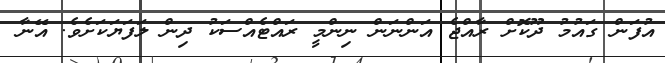
އުފަން ގައުމު ދޫކޮށް ރާއްޖެ އަންނަން ނިންމީ ރައްޓެއްސަކު ދިން ލަފަޔަކަށެވެ. އޭނާ